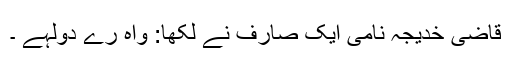
قاضی خدیجہ نامی ایک صارف نے لکھا: واہ رے دولہے ۔